Report on sanitation, dispensaries, and jails in Rajputana for 1921, and on vaccination for the year 1921-1922 - 1921-1922
Year: 1921
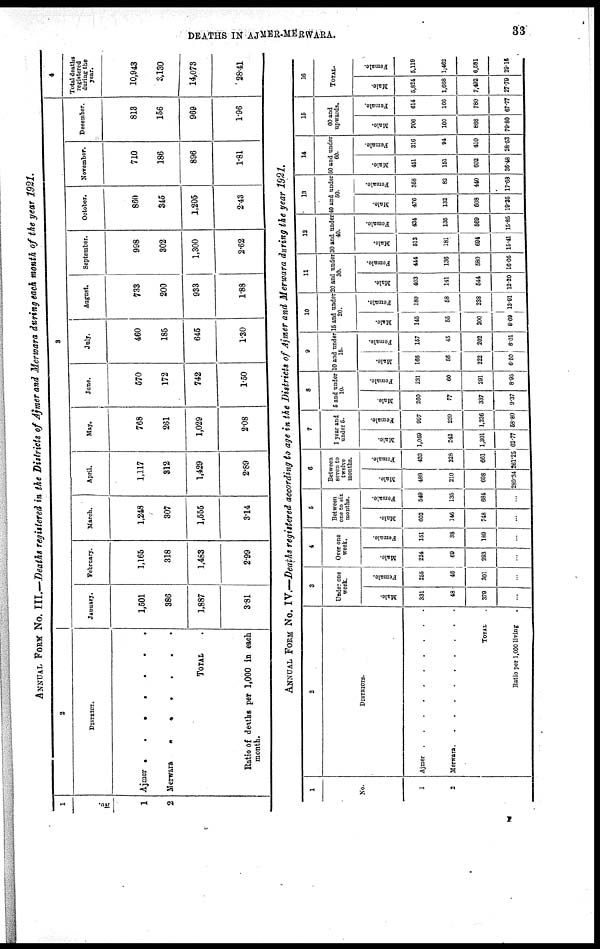
DEATHS IN AJMER MERWARA.
33
ANNUAL FORM No. III.—Deaths registered in the Districts of Ajmer and Merwara during each month of the year 1921.
1
No.
1
2
2
DISTRICT.
Ajmer.......
Merwara......
TOTAL.
Ratio of deaths per 1,000 in each
month.
3
January.
1,501
386
1,887
3.81
February.
1,165
318
1,483
2.99
March.
1,248
307
1,555
3.14
April.
1,117
812
1,429
2.89
May.
768
261
1,029
2.08
June.
570
172
742
1.50
July.
460
185
645
1.30
August.
733
200
933
1.88
September.
998
302
1,300
2.62
October.
860
345
1,205
2.43
November.
710
186
896
1.81
December.
813
156
969
1.96
4
Total deaths
registered
during the
year.
10,943
3,130
14,073
28.41
ANNUAL FORM No. IV.—Deaths registered according to age in the Districts of Ajmer and Merwara during the year 1921.
1
No.
1
2
2
DISTRICTS.
Ajmer
Merwara
TOTAL.
Ratio per 1,000 living.
3
Under one
week.
Male.
331
48
379
...
Female.
255
46
301
...
4
Over one
week.
Male.
224
69
293
...
Female.
161
38
189
...
5
Between
one to six
months.
Male.
602
146
748
...
Female.
549
135
684
...
6
Between
seven to
twelve
months.
Male.
488
210
698
289.34
Female.
433
228
661
261.25
7
1 year and
under 5.
Male.
1,059
242
1,301
62.77
Female.
997
239
1,236
58.80
8
5 and under
10.
Male.
260
77
337
9.37
Female.
231
60
291
8.95
9
10 and under
15.
Male.
166
56
222
6.50
Female.
157
45
202
8.01
10
15 and under
20.
Male.
145
55
200
8.69
Female.
180
58
238
13.91
11
20 and under
30.
Male.
403
141
544
12.20
Female.
444
136
580
16.05
12
30 and under
40.
Male.
513
181
694
16.41
Female.
434
135
569
15.85
13
40 and under
50.
Male.
476
132
608
19.35
Female.
358
82
440
17.68
14
50 and under
60.
Male.
451
151
602
36.48
Female.
316
94
410
28.53
15
60 and
upwards.
Male.
706
160
866
79.80
Female.
614
166
780
67.77
16
TOTAL.
Male.
5,824
1,668
7,492
27.79
Female.
5,119
1,462
6,581
29.16
F